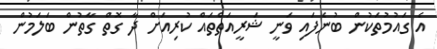
އެ ގައުމުތަކުން ބުނެފައި ވަނީ ޝަރީއަތްތައް ކުރިއަށް ދާ ގޮތް ގާތުން ބަލަމުން